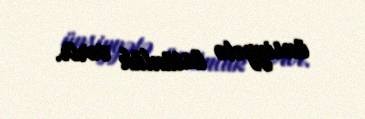
ünsiyyətə üstünlük verir.